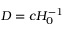
D = c H _ { 0 } ^ { - 1 }